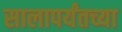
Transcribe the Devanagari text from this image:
सालापर्यंतच्या